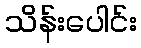
သိန်းပေါင်း